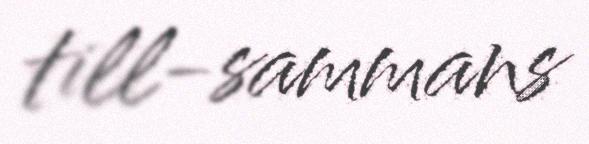
till-sammans